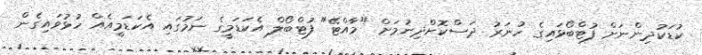
ކުޑަކުދިންނަށް ފުޓްބޯޅައިގެ ހުނަރު ދަސްކޮށްދިނުމަށް "މާއްޓޭ" ފުޓްބޯލް އެކަޑަމީގެ ނަމުގައި އެކަޑަމީއެއް ހުޅުވައިގެން